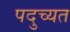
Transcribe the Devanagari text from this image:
पदुच्यत